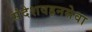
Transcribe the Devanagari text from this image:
संदेशवहनसेवा